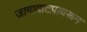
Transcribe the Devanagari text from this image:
जागावाटपावरून